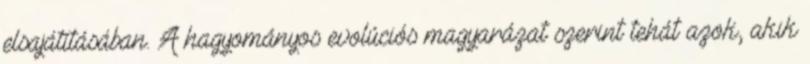
elsajátításában. A hagyományos evolúciós magyarázat szerint tehát azok, akik